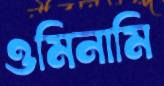
ওমিনামি